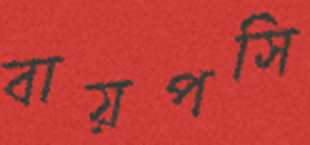
বায়পসি